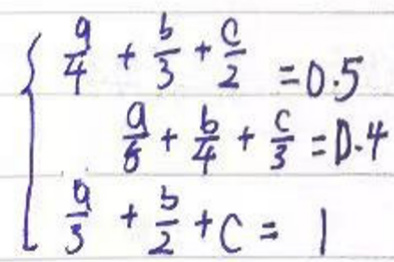
\begin{cases}
\frac{9}{4}+\frac{5}{3}+\frac{0}{2}=0.5\\
\frac{9}{8}+\frac{6}{4}+\frac{5}{3}=0.4\\
\frac{9}{3}+\frac{5}{2}+C = 1
\end{cases}